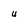
Character: U